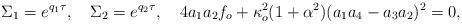
LaTeX: \begin{align*}\Sigma_1=e^{q_1 \tau}, \quad \Sigma_2=e^{q_2 \tau}, \quad 4 a_1a_2f_o +\kappa_o^2(1+ \alpha^2)(a_1a_4-a_3a_2)^2=0,\end{align*}